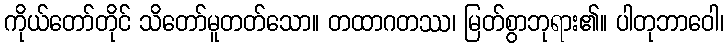
ကိုယ်တော်တိုင် သိတော်မူတတ်သော။ တထာဂတဿ၊ မြတ်စွာဘုရား၏။ ပါတုဘာဝေါ၊